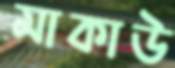
মাকাউ